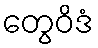
တွေဝိဒံ